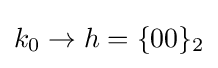
k_{0}\rightarrow h=\{00\}_{2}